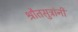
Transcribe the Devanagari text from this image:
श्रौतसुत्रांनी